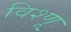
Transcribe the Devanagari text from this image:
विश्णू